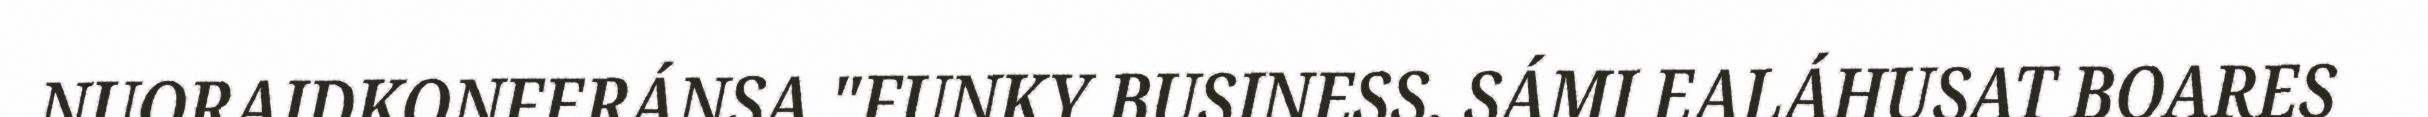
NUORAIDKONFERÁNSA "FUNKY BUSINESS. SÁMI EALÁHUSAT BOARES